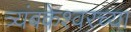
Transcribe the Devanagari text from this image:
त्र्यंबकेश्‍वरच्या